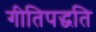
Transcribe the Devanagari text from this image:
गीतिपद्धति